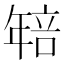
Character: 𭙄